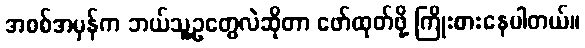
အစစ်အမှန်က ဘယ်သူ့ဥတွေလဲဆိုတာ ဖော်ထုတ်ဖို့ ကြိုးစားနေပါတယ်။